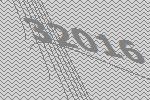
32016